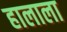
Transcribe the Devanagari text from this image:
हालाला